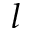
l